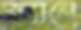
স্ক্যানে